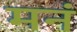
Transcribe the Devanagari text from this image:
मनं